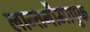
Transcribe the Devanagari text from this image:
लान्तनौमापुक